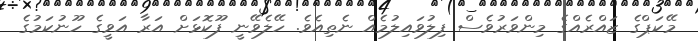
މޭކަޕްގެ ޒައްރެއްގެ މިންވަރުވެސް ފިލުވައިލުމެއް ނެތިއެވެ. ހޭލެވޭނީ ފޫކޮޅަށް އަރާ އަވީގެ ހޫނުކަމުގެ